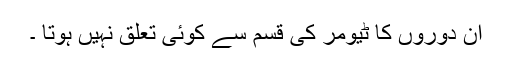
ان دوروں کا ٹیومر کی قسم سے کوئی تعلق نہیں ہوتا ۔